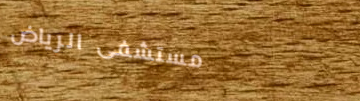
مستشفى الرياض